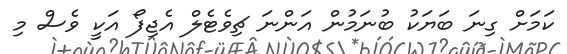
ކަމަށް ގިނަ ބަޔަކު ބުނަމުން އަންނަ ޗިވެޓެލް އެޖިފޯ އަކީ ވެސް މި